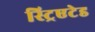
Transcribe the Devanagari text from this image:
स्ट्रिएटेड